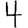
Digit: 4